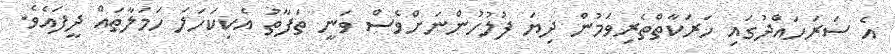
އެ ސަރަހައްދުގައި ހަރަކާތްތެރިވަމުން ދިޔަ ފުލުހުންނަށްވެސް ވަނީ ތަފާތު އެކިކަހަލަ ހަމަލާތައް ދީފައެވެ.